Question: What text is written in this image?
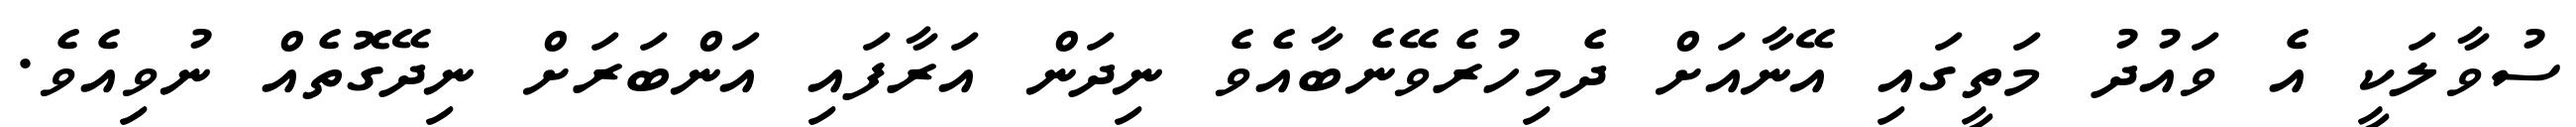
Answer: ސުވާލަކީ އެ ވައުދު މަތީގައި އޭނާއަށް ދެމިހުރެވޭނެބާއެވެ ނިދަން އަރާފައި އަންބަރަށް ނިދޭގޮތެއް ނުވިއެވެ.